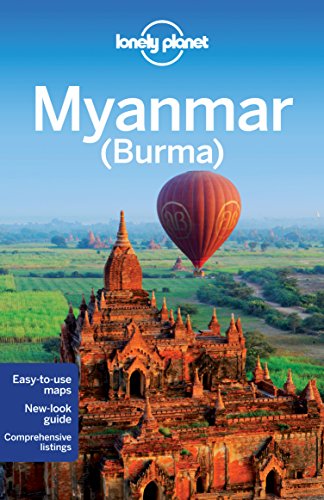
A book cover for Lonely Planet Myanmar (Burma) (Travel Guide); Lonely Planet; Travel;